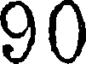
90